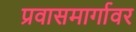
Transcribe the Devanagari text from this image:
प्रवासमार्गावर